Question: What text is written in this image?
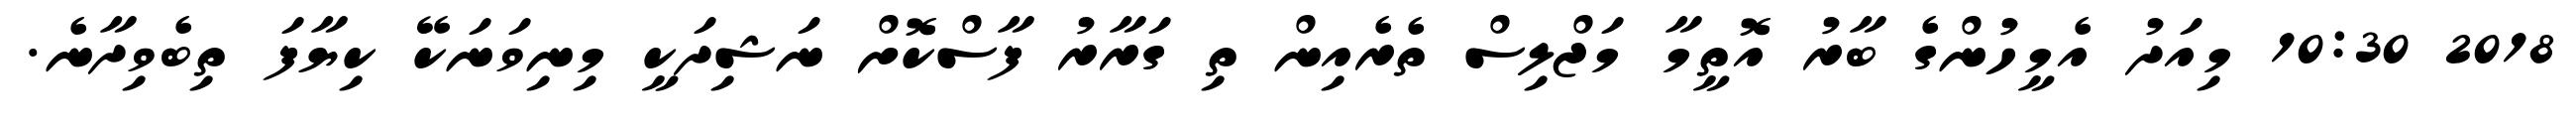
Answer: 2018 10:30 މިއަދު އެމީހުންގެ ބާރު އޮތީމާ މަޖްލިސް ތެރެއިން ތި ގަރާރު ފާސްކޮށް ނަޝިދަކީ މިނިވަނަކޭ ކިޔާފަ ތިބެވިދާނެ.